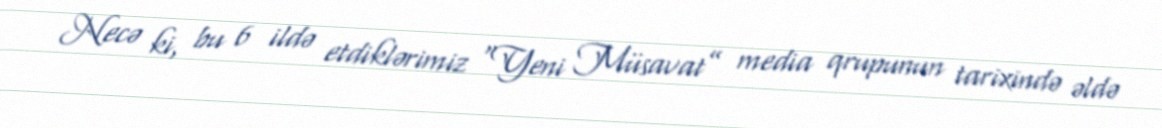
Necə ki, bu 6 ildə etdiklərimiz “Yeni Müsavat” media qrupunun tarixində əldə